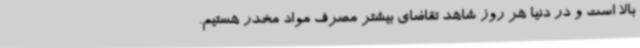
بالا است و در دنیا هر روز شاهد تقاضای بیشتر مصرف مواد مخدر هستیم.